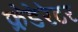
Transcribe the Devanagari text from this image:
फ्रेडेरेटर